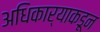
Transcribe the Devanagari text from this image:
अधिकार्‍याकडून